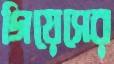
গিয়েসের